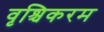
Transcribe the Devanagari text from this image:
वृश्चिकरम